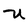
Character: U